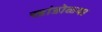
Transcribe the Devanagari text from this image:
खांडोळ्या